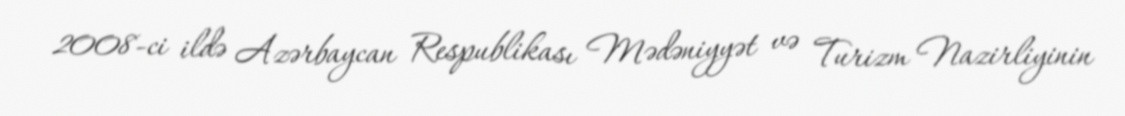
2008-ci ildə Azərbaycan Respublikası Mədəniyyət və Turizm Nazirliyinin